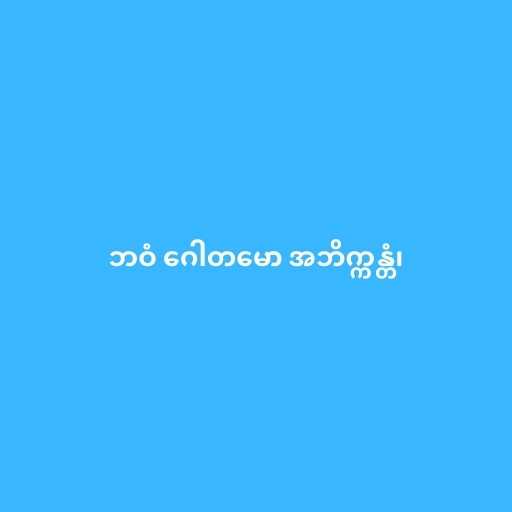
ဘဝံ ဂေါတမော အဘိက္ကန္တံ၊